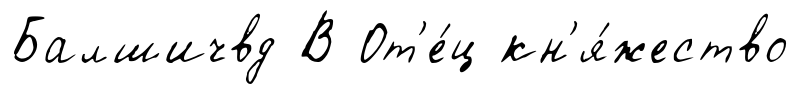
Балшичвд В От'е́ц кн'я́жество